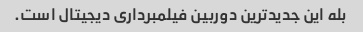
بله این جدیدترین دوربین فیلمبرداری دیجیتال است.